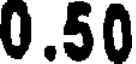
0.50